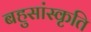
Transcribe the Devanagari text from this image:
बहुसांस्कृति